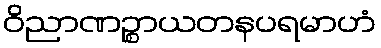
ဝိညာဏဉ္စာယတနပရမာဟံ